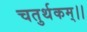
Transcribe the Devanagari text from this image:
चतुर्थकम्।।